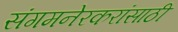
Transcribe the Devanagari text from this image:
संगमनेरकरांसाठी